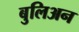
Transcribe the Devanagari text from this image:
बुलिअन